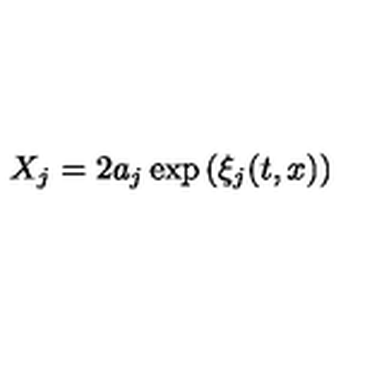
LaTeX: X _ { j } = 2 a _ { j } \exp \left( \xi _ { j } ( { t , x } ) \right)